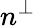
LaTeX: n^{\perp}